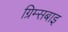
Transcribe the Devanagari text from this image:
ग्रिम्सबाइ